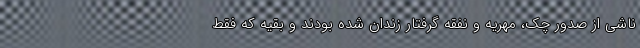
ناشی از صدور چک، مهریه و نفقه گرفتار زندان شده بودند و بقیه که فقط